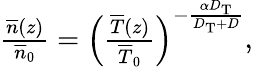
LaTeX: \begin{array}{r}{{\frac{\overline{{n}}(z)}{\overline{{n}}_{0}}}=\left({\frac{\overline{{T}}(z)}{\overline{{T}}_{0}}}\right)^{-{\frac{\alpha D_{\mathrm{T}}}{D_{\mathrm{T}}+D}}},}\end{array}